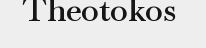
Theotokos